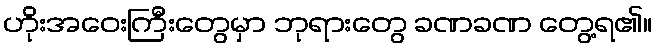
ဟိုးအဝေးကြီးတွေမှာ ဘုရားတွေ ခဏခဏ တွေ့ရ၏။